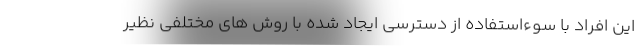
این افراد با سوءاستفاده از دسترسی ایجاد شده با روش های مختلفی نظیر